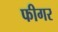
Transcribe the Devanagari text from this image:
फीगर